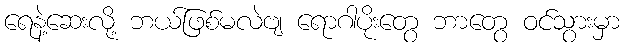
ရေနဲ့ဆေးလို့ ဘယ်ဖြစ်မလဲဗျ ရောဂါပိုးတွေ ဘာတွေ ဝင်သွားမှာ